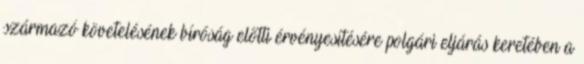
származó követelésének bíróság előtti érvényesítésére polgári eljárás keretében a